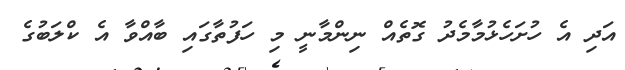
އަދި އެ ހުށަހެޅުމާމެދު ގޮތެއް ނިންމާނީ މި ހަފުތާގައި ބާއްވާ އެ ކްލަބުގެ